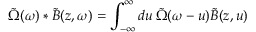
\tilde { \Omega } ( \omega ) * \tilde { B } ( z , \omega ) = \int _ { - \infty } ^ { \infty } d u \, \tilde { \Omega } ( \omega - u ) \tilde { B } ( z , u )